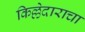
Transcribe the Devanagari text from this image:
किल्लेदाराचा